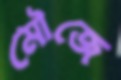
মৌজে